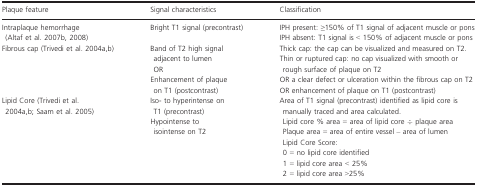
| Plaque feature | Signal characteristics | Classification |
 | --- | --- | --- |
 | <ROWSPAN=2> Intraplaque hemorrhage (Altaf et al. 2007b, 2008) | <ROWSPAN=2> Bright T1 signal (precontrast) | IPH present: ≥150% of T1 signal of adjacent muscle or pons |
 | IPH absent: T1 signal is < 150% of adjacent muscle or pons |
 | Fibrous cap (Trivedi et al. 2004a,b) | Band of T2 high signal adjacent to lumenOREnhancement of plaque on T1 (postcontrast) | Thick cap: the cap can be visualized and measured on T2. Thin or ruptured cap: no cap visualized with smooth or rough surface of plaque on T2OR a clear defect or ulceration within the fibrous cap on T2OR enhancement of plaque on T1 (postcontrast) |
 | Lipid Core (Trivedi et al. 2004a,b; Saam et al. 2005) | Iso‐ to hyperintense on T1 (precontrast)Hypointense to isointense on T2 | Area of T1 signal (precontrast) identified as lipid core is manually traced and area calculated.Lipid core % area = area of lipid core ÷ plaque areaPlaque area = area of entire vessel – area of lumenLipid Core Score:0 = no lipid core identified1 = lipid core area < 25%2 = lipid core area >25% |